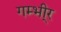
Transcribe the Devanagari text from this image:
गम्भी्र